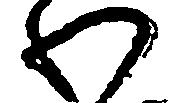
わ